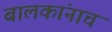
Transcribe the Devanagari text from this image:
बालकांनाच